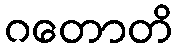
ဂတောတိ